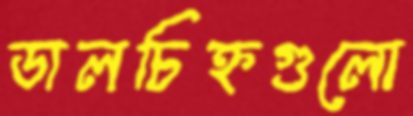
ডালচিহ্নগুলো